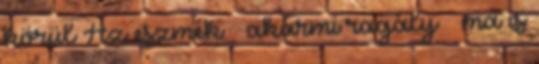
körül Az eszmék – akármi ragály – ma is